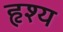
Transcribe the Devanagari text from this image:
हृश्य